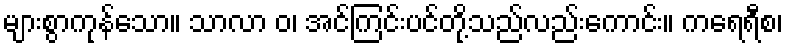
များစွာကုန်သော။ သာလာ ဝ၊ အင်ကြင်းပင်တို့သည်လည်းကောင်း။ ကရေရီစ၊